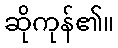
ဆိုကုန်၏။